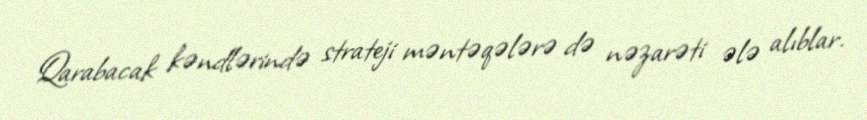
Qarabacak kəndlərində strateji məntəqələrə də nəzarəti ələ alıblar.